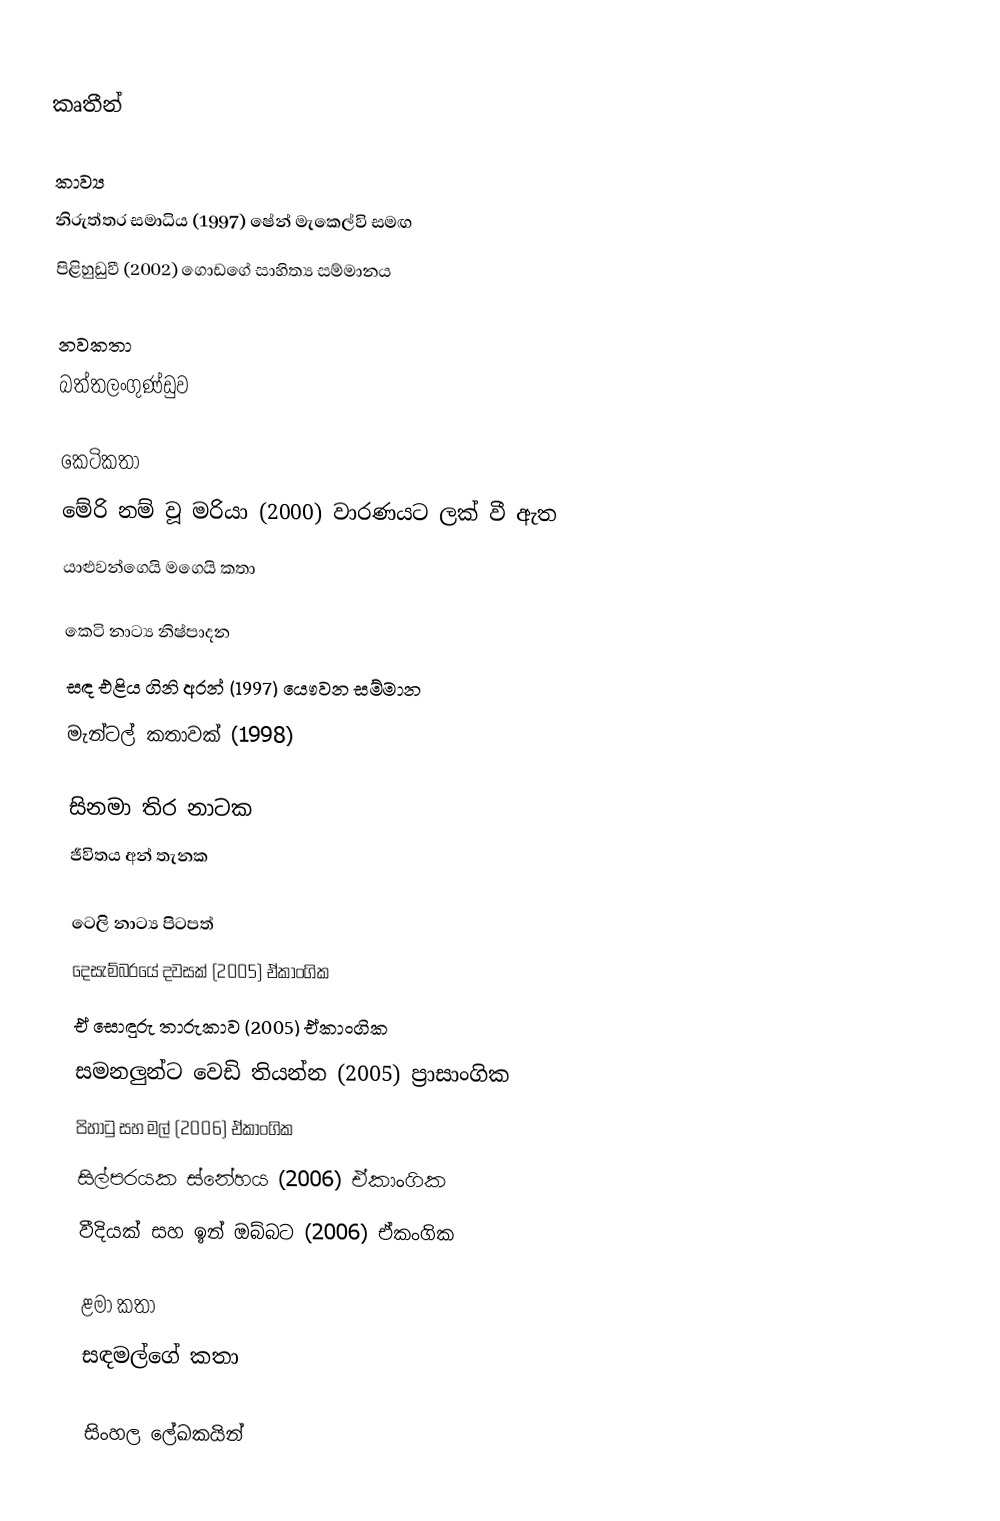

කෘතීන්

කාව්‍ය
 නිරුත්තර සමාධිය (1997) ෂේන් මැකෙල්වි සමඟ
 පිළිහුඩුවී (2002) ගොඩගේ සාහිත්‍ය සම්මානය

නවකතා
 බත්තලංගුණ්ඩුව

කෙටිකතා
 මේරි නම් වූ මරියා (2000) වාරණයට ලක් වී ඇත
 යාළුවන්ගෙයි මගෙයි කතා

කෙටි නාට්‍ය නිෂ්පාදන
 සඳ එළිය ගිනි අරන් (1997) යෞවන සම්මාන
 මැන්ටල් කතාවක් (1998)

සිනමා තිර නාටක
 ජීවිතය අන් තැනක

ටෙලි නාට්‍ය පිටපත්
 දෙසැම්බරයේ දවසක් (2005) ඒකාංගික
 ඒ සොඳුරු තාරුකාව (2005) ඒකාංගික
 සමනලුන්ට වෙඩි තියන්න (2005) ප්‍රාසාංගික
 පිහාටු සහ මල් (2006) ඒකාංගික
 සිල්පරයක ස්නේහය (2006) ඒකාංගික
 වීදියක් සහ ඉන් ඔබ්බට (2006) ඒකංගික

ළමා කතා
 සඳමල්ගේ කතා

සිංහල ලේඛකයින්